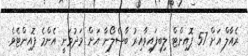
ރެއާލް އަށް 57 ޕޮއިންޓް ލިބިފައިވާއިރު ބާސެލޯނާ އަށް މަދުވަނީ އެންމެ ޕޮއިންޓެވެ.